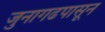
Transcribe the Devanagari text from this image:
जुनागढपासून